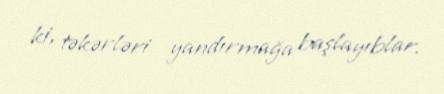
ki, təkərləri yandırmağa başlayıblar.